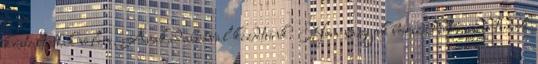
kóstoltattak velem. Arakadabrával kezdtünk. Nem vagyok borszakértő, nem tudok